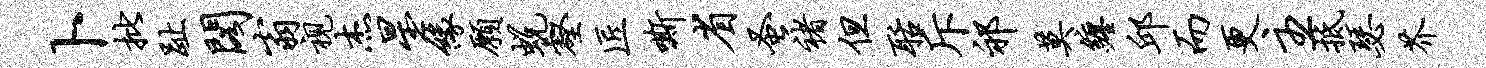
卜批趾阁翁视杰星缘愿蜕壑匠嘶省蚤褚但聒斥祁莫缠邱而更主抵瑟芥